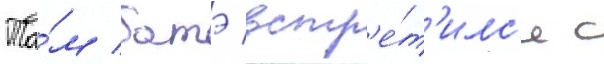
Та́м батэ встр'е́т'илс'я с